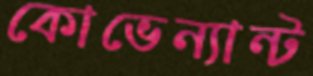
কোভেন্যান্ট